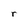
Character: r